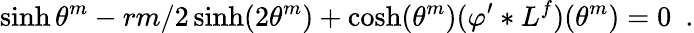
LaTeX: \sinh\theta^{m}-rm/2\sinh(2\theta^{m})+\cosh(\theta^{m})(\varphi^{\prime}*L^{f})(\theta^{m})=0\, \, \, .